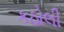
કઠોલી